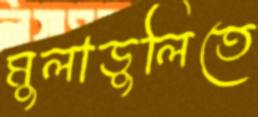
মুলাডুলিতে